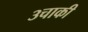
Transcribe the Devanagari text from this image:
३चाकी